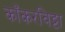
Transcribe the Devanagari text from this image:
काँकरविट्टा